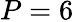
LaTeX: P=6